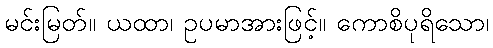
မင်းမြတ်။ ယထာ၊ ဥပမာအားဖြင့်။ ကောစိပုရိသော၊